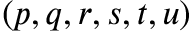
( p , q , r , s , t , u )